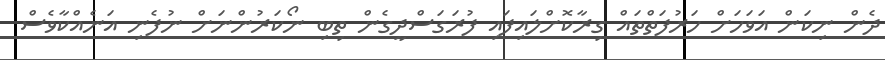
ދެން ނިކަން އަވަހަށް ހަރުފަތްތައް ގިރާކޮށްލައިފައި ފުރަގަސްދީގެން ތިބި ނޯކަރުންނަށް ނުފެނި އަނެއްކާވެސް